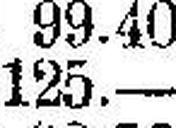
125.—